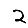
Digit: 2